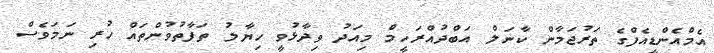
އެމްއެންޑީއެފްގެ ތަރުޖަމާން ކާނަލް އަބްދުއްރަހީމް މިއަދު ވިދާޅުވީ ހިޔާލު ތަފާތުވުންތައް ހުރި ނަމަވެސް